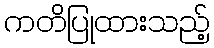
ကတိပြုထားသည့်